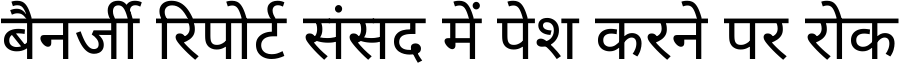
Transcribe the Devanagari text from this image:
बैनर्जी रिपोर्ट संसद में पेश करने पर रोक